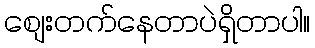
စျေးတက်နေတာပဲရှိတာပါ။